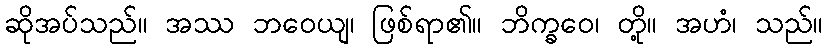
ဆိုအပ်သည်။ အဿ ဘဝေယျ၊ ဖြစ်ရာ၏။ ဘိက္ခဝေ၊ တို့။ အဟံ၊ သည်။